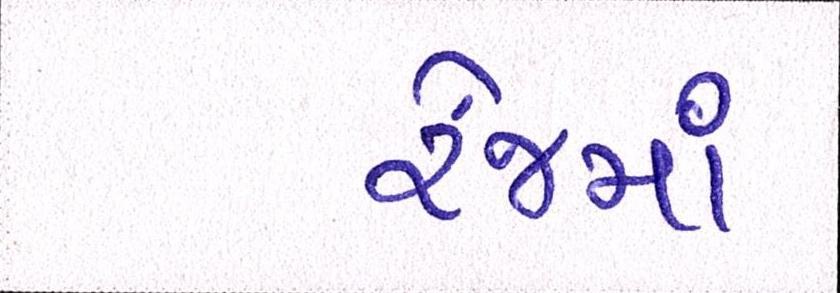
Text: રેંજમાં